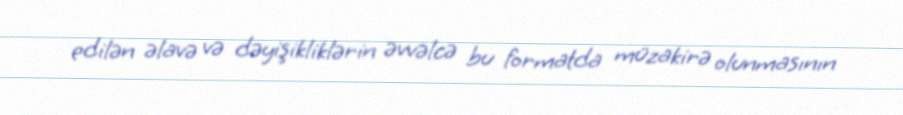
edilən əlavə və dəyişikliklərin əvvəlcə bu formatda müzakirə olunmasının